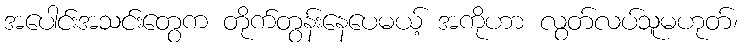
အပေါင်းအသင်းတွေက တိုက်တွန်းနေပေမယ့် အကိုဟာ လွတ်လပ်သူမဟုတ်၊